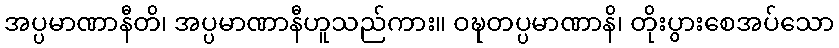
အပ္ပမာဏာနီတိ၊ အပ္ပမာဏာနီဟူသည်ကား။ ဝဍ္ဎတပ္ပမာဏာနိ၊ တိုးပွားစေအပ်သော